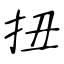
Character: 扭